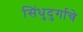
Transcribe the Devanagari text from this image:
सिंधुदुर्गाचे